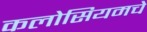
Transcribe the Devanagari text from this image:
कलोसियमचे